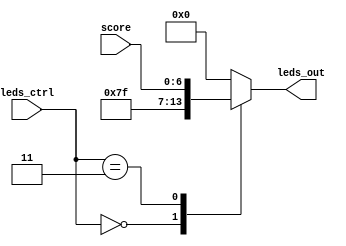
`timescale 1ns / 1ps

module LedMux(
    output reg [6:0] leds_out,
    input [6:0] score,
    input [1:0] leds_ctrl
    );

	/* Led status */
	`define led_all		0 // all leds on
	`define led_none		1 //all leds off
	`define led_score		3

	always @(*)
	begin
		
		case(leds_ctrl)
		
			`led_all: leds_out = 7'b1111111;
			`led_none: leds_out = 7'b0000000;
			`led_score: leds_out = score;
			default: leds_out = 7'b0000000;
		
		endcase
		
	end

endmodule